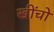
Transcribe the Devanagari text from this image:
खींचो